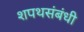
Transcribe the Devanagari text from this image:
शपथसंबंधी